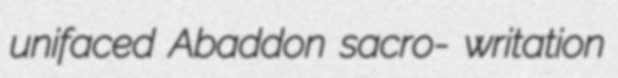
unifaced Abaddon sacro- writation